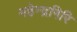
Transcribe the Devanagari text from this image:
महेन्द्रगिरि